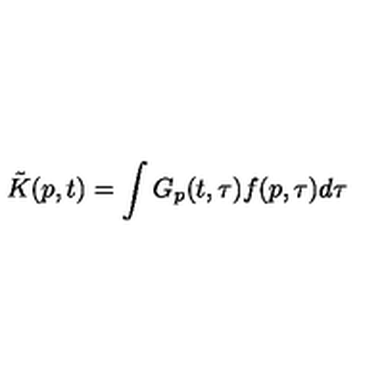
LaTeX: \tilde { K } ( p , t ) = \int G _ { p } ( t , \tau ) f ( p , \tau ) d \tau \: